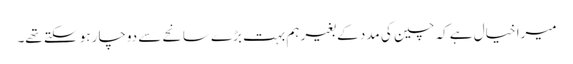
میرا خیال ہے کہ چین کی مدد کے بغیر ہم بہت بڑے سانحے سے دوچار ہو سکتے تھے۔